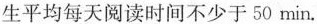
学生平均每天阅读时间不少于50min.